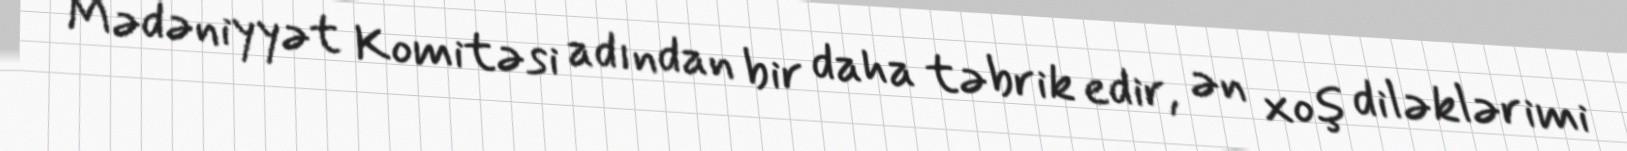
Mədəniyyət Komitəsi adından bir daha təbrik edir, ən xoş diləklərimi